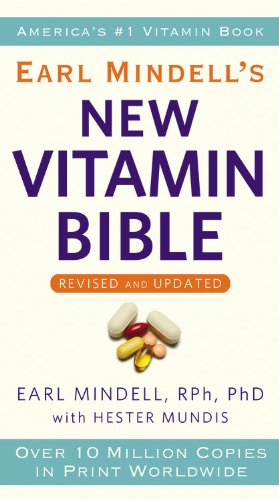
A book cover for Earl Mindell's New Vitamin Bible; Earl Mindell; Health, Fitness & Dieting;